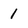
Character: 1